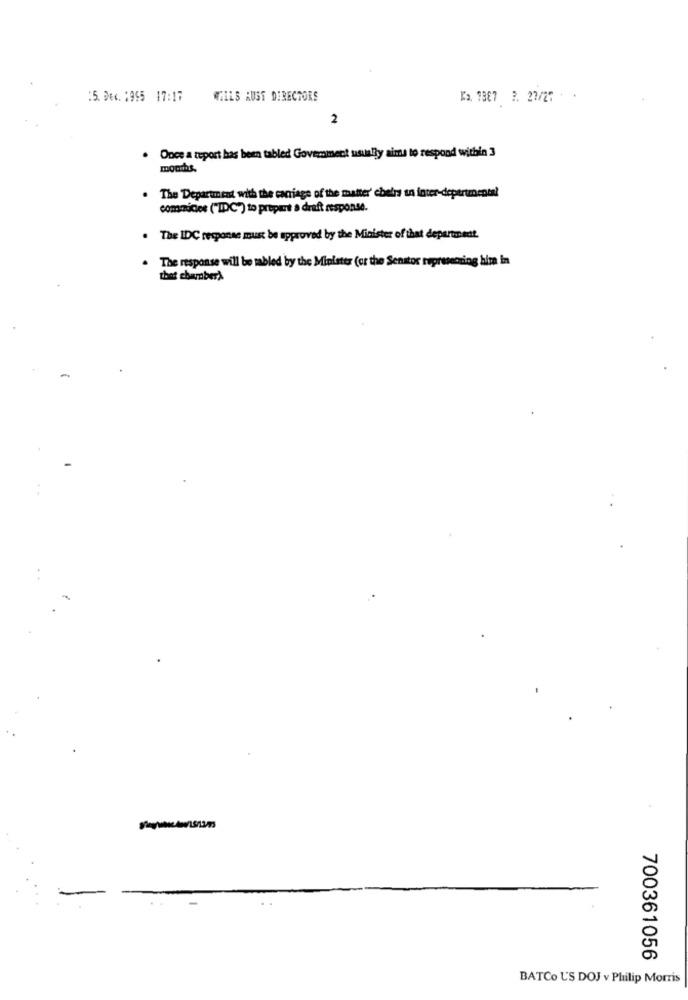
:5.De4.1995 17:17
WILLS AUST DIRECTORS
Ka. 1387 2. 27/27
2
Once a report has been tabled Government usually aims to respond within 3
months.
. The Department with the carriage of the matter' chelrs tn inter-departmental
commuider ("IDC") to prepert a draft response.
. The IDC response must be approved by the Minister of that department.
. The response will be tabled by the Minister (or the Senator representing hima in
700361056
BATCo U'S DOJ v Philip Morris